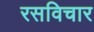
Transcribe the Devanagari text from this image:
रसविचार